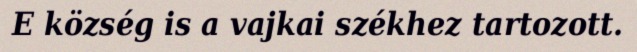
E község is a vajkai székhez tartozott.